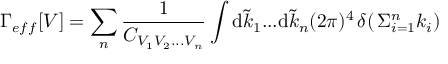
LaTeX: \displaystyle \Gamma _ { e f f } [ V ] = \sum _ { n } \frac { 1 } { C _ { \scriptstyle { V _ { 1 } V _ { 2 } . . . V _ { n } } } } \int \mathrm { d } \tilde { k } _ { 1 } . . . \mathrm { d } \tilde { k } _ { n } ( 2 \pi ) ^ { 4 } \, \delta ( \, { { \Sigma } _ { i = 1 } ^ { n } k _ { i } } )